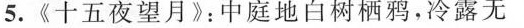
5.《十五夜望月》：中庭地白树栖鸦，冷露无